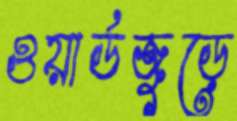
ওয়ার্ডজুড়ে